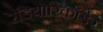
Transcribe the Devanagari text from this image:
रेडियोरिकॉर्डर